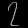
Digit: ၇